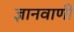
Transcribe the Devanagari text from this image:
ज्ञानवाणी